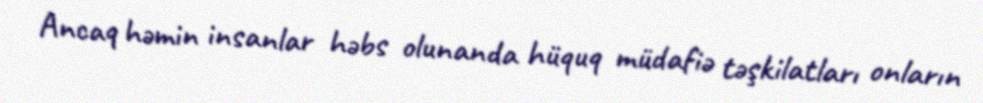
Ancaq həmin insanlar həbs olunanda hüquq müdafiə təşkilatları onların